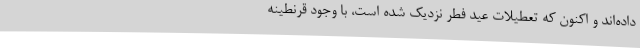
داده‌اند و اکنون که تعطیلات عید فطر نزدیک شده است، با وجود قرنطینه